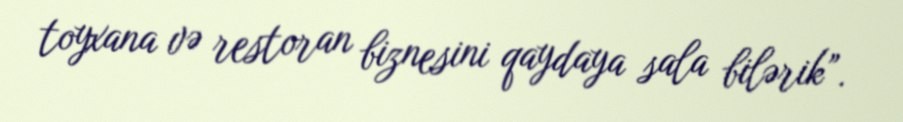
toyxana və restoran biznesini qaydaya sala bilərik”.